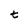
Character: t